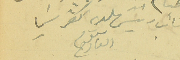
نائب رئيسَ بلدية كفرشيما نعوم القارح